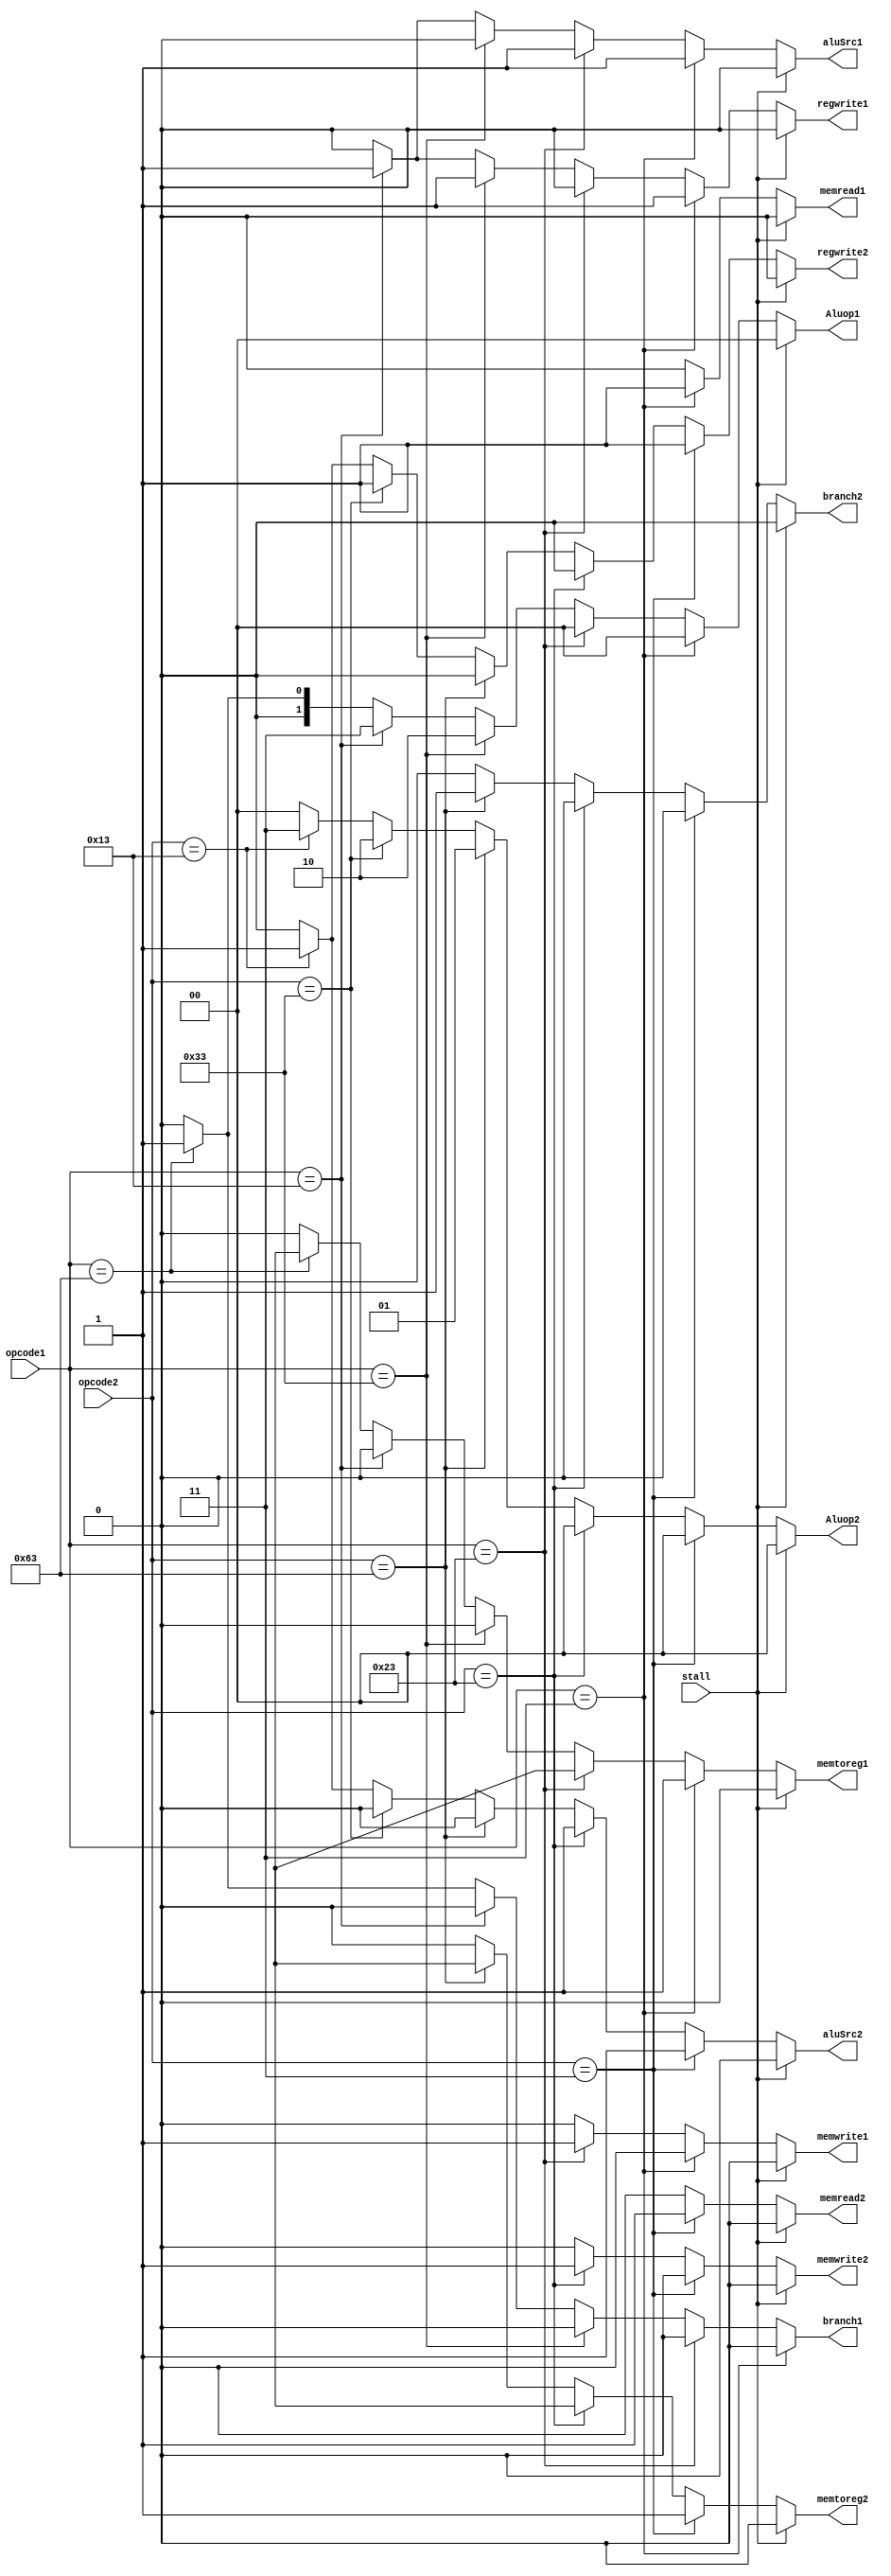
`timescale 1ns / 1ps

module control_unit(
  input [6:0] opcode1,
  input [6:0] opcode2,
  input stall, 
  output reg memread1,
  output reg memtoreg1,
  output reg memwrite1,
  output reg aluSrc1,
  output reg regwrite1,
  output reg [1:0] Aluop1,
  output reg memread2,
  output reg memtoreg2,
  output reg memwrite2,
  output reg aluSrc2,
  output reg regwrite2,
  output reg [1:0] Aluop2,
  output reg branch1,
  output reg branch2
);

  always @(*) begin
    // Control signals for first opcode
    if (opcode1 == 7'b0000011) // Load instruction
    begin
      memread1 = 1'b1;
      memtoreg1 = 1'b1;
      regwrite1 = 1'b1;
      aluSrc1 = 1'b1;
      memwrite1 = 1'b0;
      Aluop1 = 2'b00;
      branch1=1'b0;
    end
    else if (opcode1 == 7'b0100011) // Store instruction
    begin
      memread1 = 1'b0;
      memtoreg1 = 1'bx;
      regwrite1 = 1'b0;
      aluSrc1 = 1'b1;
      memwrite1 = 1'b1;
      Aluop1 = 2'b00;
      branch1=1'b0;
    end
    else if (opcode1 == 7'b0110011) // R-Type Arithmetic instruction
    begin
      memread1 = 1'b0;
      memtoreg1 = 1'b0;
      regwrite1 = 1'b1;
      aluSrc1 = 1'b0;
      memwrite1 = 1'b0;
      Aluop1 = 2'b10;
      branch1=1'b0;
    end
    else if (opcode1 == 7'b0010011) // I-Type Arithmetic Instruction
    begin
      memread1 = 1'b0;
      memtoreg1 = 1'b0;
      regwrite1 = 1'b1;
      aluSrc1 = 1'b1;
      memwrite1 = 1'b0;
      Aluop1 = 2'b11;
      branch1=1'b0;      
    end
    else if (opcode1 == 7'b1100011) // I-Type Arithmetic Instruction
    begin
      memread1 = 1'b0;
      memtoreg1 = 1'bx;
      regwrite1 = 1'b0;
      aluSrc1 = 1'b0;
      memwrite1 = 1'b0;
      Aluop1 = 2'b01;
      branch1=1'b1;
      end
    else // default case
    begin
      memread1 = 1'b0;
      memtoreg1 = 1'b0;
      regwrite1 = 1'b0;
      aluSrc1 = 1'b0;
      memwrite1 = 1'b0;
      Aluop1 = 2'b00;
      branch1=1'b0;
    end
    

    // Control signals for second opcode
    if (opcode2 == 7'b0000011) // Load instruction
    begin
      memread2 = 1'b1;
      memtoreg2 = 1'b1;
      regwrite2 = 1'b1;
      aluSrc2 = 1'b1;
      memwrite2 = 1'b0;
      Aluop2 = 2'b00;
      branch2=1'b0;
    end
    else if (opcode2 == 7'b0100011) // Store instruction
    begin
      memread2 = 1'b0;
      memtoreg2 = 1'bx;
      regwrite2 = 1'b0;
      aluSrc2 = 1'b1;
      memwrite2 = 1'b1;
      Aluop2 = 2'b00;
      branch2=1'b0;
    end
     else if (opcode2 == 7'b1100011) // B-Type  instruction
    begin
      memread2 = 1'b0;
      memtoreg2 = 1'bx;
      regwrite2 = 1'b0;
      aluSrc2 = 1'b0;
      memwrite2 = 1'b0;
      Aluop2 = 2'b01;
      branch2=1'b1;
    end
    else if (opcode2 == 7'b0110011) // R-Type Arithmetic instruction
    begin
      memread2 = 1'b0;
      memtoreg2 = 1'b0;
      regwrite2 = 1'b1;
      aluSrc2 = 1'b0;
      memwrite2 = 1'b0;
      Aluop2 = 2'b10;
      branch2=1'b0;
    end
    else if (opcode2 == 7'b0010011) // I-Type Arithmetic Instruction
    begin
      memread2 = 1'b0;
      memtoreg2 = 1'b0;
      regwrite2 = 1'b1;
      aluSrc2 = 1'b1;
      memwrite2 = 1'b0;
      Aluop2 = 2'b11;
      branch2=1'b0;
    end
    else // default case
    begin
      memread2 = 1'b0;
      memtoreg2 = 1'b0;
      regwrite2 = 1'b0;
      aluSrc2 = 1'b0;
      memwrite2 = 1'b0;
      Aluop2 = 2'b00;
      branch2=1'b0;
    end

    // Handle stall signal
    if (stall == 1'b1) begin
      memread1 = 1'b0;
      memtoreg1 = 1'b0;
      regwrite1 = 1'b0;
      aluSrc1 = 1'b0;
      memwrite1 = 1'b0;
      Aluop1 = 2'b00;
      branch2=1'b0;

      memread2 = 1'b0;
      memtoreg2 = 1'b0;
      regwrite2 = 1'b0;
      aluSrc2 = 1'b0;
      memwrite2 = 1'b0;
      Aluop2 = 2'b00;
      branch2=1'b0;
    end
  end
endmodule